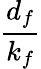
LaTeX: \frac{d_{f}}{k_{f}}